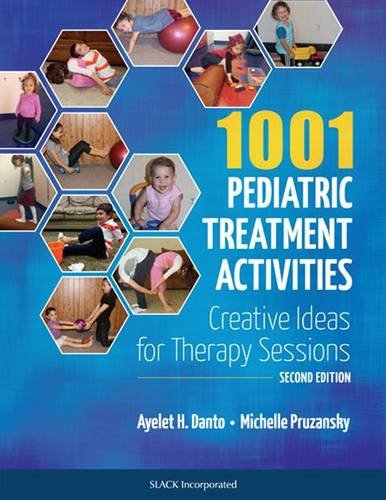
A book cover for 1001 Pediatric Treatment Activities: Creative Ideas for Therapy Sessions; Ayelet H. Danto MS  OTR/L; Medical Books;